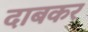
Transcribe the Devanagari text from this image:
दाबकर